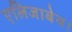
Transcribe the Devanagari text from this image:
एलिजाबेथ।